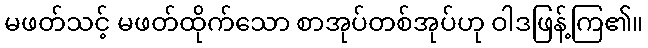
မဖတ်သင့် မဖတ်ထိုက်သော စာအုပ်တစ်အုပ်ဟု ဝါဒဖြန့်ကြ၏။